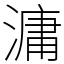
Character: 滽